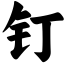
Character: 钉